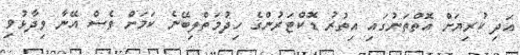
އަދި ކުރިޔަށް އޮތްތަނުގައި އިތުރު ޑޮކްޓަރުންގެ ހިދުމަތްލިބޭނެ ކަމަށް ވެސް އޭނާ ވިދާޅުވި